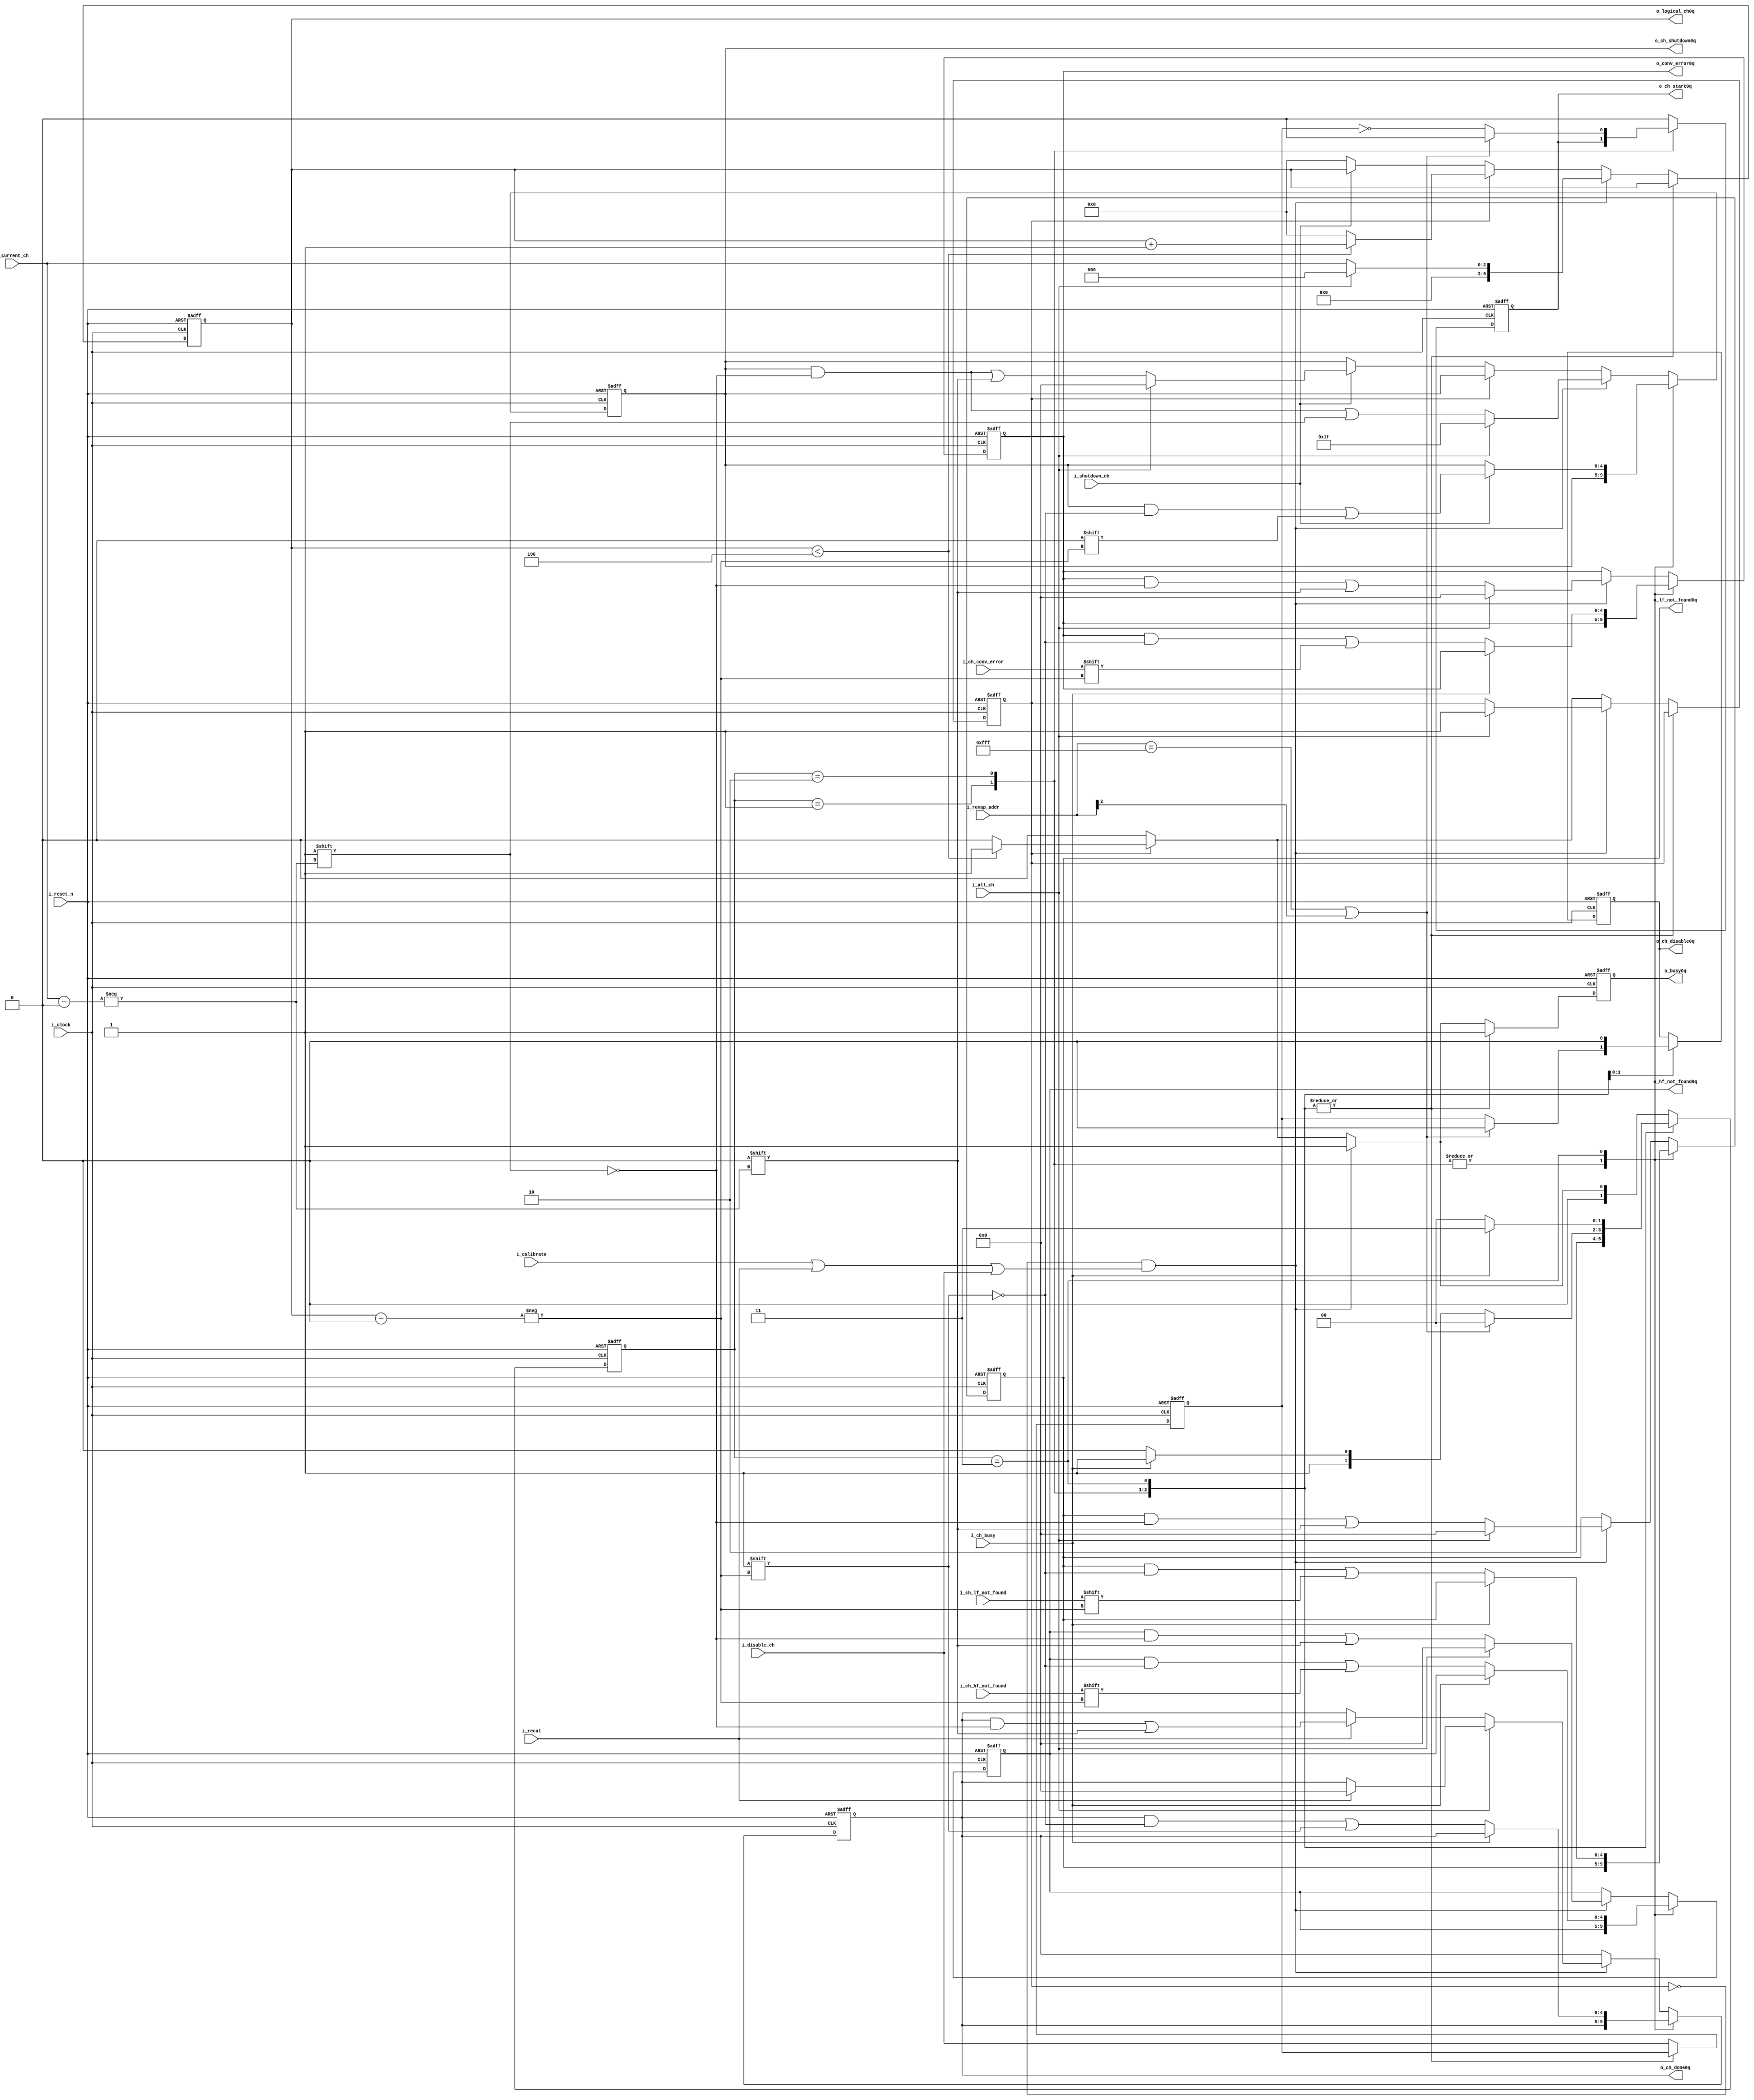
module alt_aeq_full_adce(  
  i_clock, 
  i_reset_n, 
  o_busy0q, 
  i_calibrate,
  i_recal,
  i_all_ch, 
  i_current_ch,
  i_remap_addr,
  i_shutdown_ch,
  i_disable_ch,
  o_ch_shutdown0q,
  o_ch_disable0q,
  o_lf_not_found0q, 
  o_hf_not_found0q,
  o_conv_error0q,
  o_ch_start0q,
  i_ch_busy, 
  i_ch_lf_not_found, 
  i_ch_hf_not_found, 
  i_ch_conv_error,
  o_logical_ch0q, 
  o_ch_done0q
);

//********************************************************************************
// PARAMETERS
//********************************************************************************
// o_logical_ch ignores the 5th and 6th channels: [1:0] is the channel, [n:2] is the quad address
  parameter N_CH  = 5;
  parameter N_SEL = 3;
  
  parameter ST_IDLE                  = 2'd0;
  parameter ST_ADAPT_LOOPS_WAIT_ADDR = 2'd1;
  parameter ST_ADAPT_LOOPS_START     = 2'd2;
  parameter ST_ADAPT_LOOPS_FINISH    = 2'd3;
 
//********************************************************************************
// Declarations
//********************************************************************************
  input                 i_clock;
  input                 i_reset_n;
  input                 i_calibrate;
  input                 i_recal;
  input                 i_all_ch;
  input  [N_SEL-1:0]    i_current_ch;
  input  [11:0]         i_remap_addr;
  input                 i_shutdown_ch;
  input                 i_disable_ch;

  output reg            o_busy0q/* synthesis ALTERA_ATTRIBUTE="PRESERVE_REGISTER=ON" */;
  output reg [N_CH-1:0] o_ch_shutdown0q/* synthesis ALTERA_ATTRIBUTE="PRESERVE_REGISTER=ON;POWER_UP_LEVEL=HIGH" */;
  output reg [N_CH-1:0] o_lf_not_found0q;
  output reg [N_CH-1:0] o_hf_not_found0q;
  output reg [N_CH-1:0] o_conv_error0q;

  output reg [N_CH-1:0] o_ch_done0q/* synthesis ALTERA_ATTRIBUTE="PRESERVE_REGISTER=ON;POWER_UP_LEVEL=LOW" */;
  output reg [9:0]      o_logical_ch0q/* synthesis ALTERA_ATTRIBUTE="PRESERVE_REGISTER=ON" */;
  
// signals for interfacing with the channel-specific state machine
  input                 i_ch_lf_not_found;
  input                 i_ch_hf_not_found;
  input                 i_ch_conv_error;
  input                 i_ch_busy;
  output reg            o_ch_start0q;
  output reg            o_ch_disable0q;

// regs for this module
(* ALTERA_ATTRIBUTE = {"POWER_UP_LEVEL=LOW"} *)
  reg [1:0] state;
(* ALTERA_ATTRIBUTE = {"POWER_UP_LEVEL=LOW"} *)
  reg [1:0] state_next;
(* ALTERA_ATTRIBUTE = {"POWER_UP_LEVEL=LOW"} *)
  reg cal_all_ch;
(* ALTERA_ATTRIBUTE = {"POWER_UP_LEVEL=LOW"} *)
  reg cal_all_ch0q;
(* ALTERA_ATTRIBUTE = {"POWER_UP_LEVEL=LOW"} *)
  reg [N_CH-1:0] ch_done;

  reg            busy/* synthesis ALTERA_ATTRIBUTE="PRESERVE_REGISTER=ON" */;
  reg [N_CH-1:0] ch_shutdown/* synthesis ALTERA_ATTRIBUTE="PRESERVE_REGISTER=ON;POWER_UP_LEVEL=HIGH" */;
  reg [N_CH-1:0] lf_not_found;
  reg [N_CH-1:0] hf_not_found;
  reg [N_CH-1:0] conv_error;
  
  reg [9:0]      logical_ch/* synthesis ALTERA_ATTRIBUTE="PRESERVE_REGISTER=ON" */;
  reg            ch_start;
  reg            ch_disable;
  reg            disable_flag, disable_flag0q;
  
// synopsys translate_off
initial begin
  state            = ST_IDLE;
  state_next       = ST_IDLE;
  cal_all_ch       = 1'b0;
  cal_all_ch0q     = 1'b0;
  ch_done          = {N_CH{1'b0}};
  o_busy0q         = 1'b0;
  o_ch_shutdown0q  = {N_CH{1'b1}};
  ch_shutdown      = {N_CH{1'b1}};
  o_ch_done0q      = {N_CH{1'b0}};
end
// synopsys translate_on

  
//********************************************************************************
// Sequential logic
//********************************************************************************  
always @ (posedge i_clock or negedge i_reset_n) begin
  if (~i_reset_n) begin
    o_busy0q         <= 1'b0;
    o_lf_not_found0q <= {N_CH{1'b0}};
    o_hf_not_found0q <= {N_CH{1'b0}};
    o_conv_error0q   <= {N_CH{1'b0}};
    o_ch_done0q      <= {N_CH{1'b0}};
    o_ch_shutdown0q  <= {N_CH{1'b1}}; // adcestandby is active low
    o_logical_ch0q   <= 10'b0;
    o_ch_start0q     <= 1'b0;
    o_ch_disable0q   <= 1'b0;
    cal_all_ch0q     <= 1'b0;
	disable_flag0q   <= 1'b0;
    state            <= ST_IDLE;
  end else begin
    o_busy0q         <= busy;
    o_lf_not_found0q <= lf_not_found;
    o_hf_not_found0q <= hf_not_found;
    o_conv_error0q   <= conv_error;
    o_ch_done0q      <= ch_done;
    o_ch_shutdown0q  <= ch_shutdown;
    o_logical_ch0q   <= logical_ch;
    o_ch_start0q     <= ch_start;
    o_ch_disable0q   <= ch_disable;
    cal_all_ch0q     <= cal_all_ch;
	disable_flag0q   <= disable_flag;
    state            <= state_next;  
  end
end

//********************************************************************************
// Combinational logic
//********************************************************************************  
// ADCE mode-oriented model
  always @ (*) begin
    // set defaults to avoid latch inferences
    busy         = o_busy0q;
    ch_done      = o_ch_done0q;
    ch_shutdown  = o_ch_shutdown0q;
    ch_start     = o_ch_start0q;
    ch_disable   = o_ch_disable0q;
    lf_not_found = o_lf_not_found0q;
    hf_not_found = o_hf_not_found0q;
    conv_error   = o_conv_error0q;
    cal_all_ch   = cal_all_ch0q;
    logical_ch   = o_logical_ch0q;
	disable_flag = disable_flag0q;
  
    case(state)
      ST_ADAPT_LOOPS_WAIT_ADDR: begin // wait for addres_pres_reg to be ready
        busy       = 1'b1;
        state_next = ST_ADAPT_LOOPS_START;
      end
      ST_ADAPT_LOOPS_START: begin
        if (i_remap_addr == 12'hfff || i_remap_addr[2]) begin // channel 5, 6, or invalid channel has been selected
          ch_start   = 1'b0;
          ch_disable = 1'b0;
          busy       = 1'b1;
          state_next = ST_IDLE;
        end else begin
          ch_start   = ~disable_flag0q;
          ch_disable = disable_flag0q;
          busy       = 1'b1;
          state_next = i_ch_busy ? ST_ADAPT_LOOPS_FINISH : ST_ADAPT_LOOPS_START;
        end
      end
      ST_ADAPT_LOOPS_FINISH: begin
        ch_start   = 1'b0;
        ch_disable = 1'b0;
        busy       = 1'b1;
        if (i_shutdown_ch) begin // we are 'faking' one-time mode - shut down the channel
          ch_shutdown[o_logical_ch0q] = 1'b0;
        end
        if(i_ch_busy) begin
          state_next = ST_ADAPT_LOOPS_FINISH;
        end else begin
          lf_not_found[o_logical_ch0q] = i_ch_lf_not_found;
          hf_not_found[o_logical_ch0q] = i_ch_hf_not_found;
          conv_error[o_logical_ch0q]   = i_ch_conv_error;
          ch_done[o_logical_ch0q]      = 1'b1;
          state_next               = ST_IDLE;
        end
      end
      default: begin //ST_IDLE: begin
        ch_start = 1'b0;
        disable_flag = i_disable_ch;
        if(~cal_all_ch0q && (i_calibrate || i_recal || i_disable_ch)) begin
          if(i_all_ch) begin
            if (i_recal) begin
              ch_done    = {N_CH{1'b0}}; // wipe out the 'done' register so we recal
            end
            cal_all_ch   = 1'b1;
            logical_ch   = 10'd0;
            lf_not_found = {N_CH{1'b0}};
            hf_not_found = {N_CH{1'b0}};
            conv_error   = {N_CH{1'b0}};
            ch_shutdown  = {N_CH{1'b1}}; // adce_standby is active low
          end else begin
            if (i_recal) begin
              ch_done[i_current_ch[N_SEL-1:0]]    = 1'b0; // wipe out the 'done' register so we recal
            end
            logical_ch                            = {{(10-N_SEL){1'b0}}, i_current_ch[N_SEL-1:0]};
            lf_not_found[i_current_ch[N_SEL-1:0]] = 1'b0;
            hf_not_found[i_current_ch[N_SEL-1:0]] = 1'b0;
            conv_error[i_current_ch[N_SEL-1:0]]   = 1'b0;
            ch_shutdown[i_current_ch[N_SEL-1:0]]  = 1'b1; // adce_standby is active low
          end
          state_next = ST_ADAPT_LOOPS_WAIT_ADDR;
          busy       = 1'b1;
        end else if(cal_all_ch0q) begin
          if(o_logical_ch0q < (N_CH - 1'b1)) begin // subtract 1 since channels start from 0
            logical_ch = o_logical_ch0q + 1'd1;
            busy       = 1'b1;
            state_next = ST_ADAPT_LOOPS_WAIT_ADDR;
          end else begin
            logical_ch = 10'd0;
            cal_all_ch = 1'b0;
            busy       = 1'b0;
            state_next = ST_IDLE;
          end
      end else if (i_shutdown_ch) begin
        busy       = 1'b0;
        if (i_all_ch) begin
          ch_shutdown = {N_CH{1'b0}}; // adce_standby is active low
        end else begin
          ch_shutdown[i_current_ch[N_SEL-1:0]] = 1'b0; // shutdown just the one channel - adce_standby is active low
        end
        state_next = ST_IDLE;
        end else begin
          logical_ch = 10'd0;
          cal_all_ch = 1'b0;
          busy       = 1'b0;
          state_next = ST_IDLE;
        end
      end // default
    endcase
  end // always

endmodule